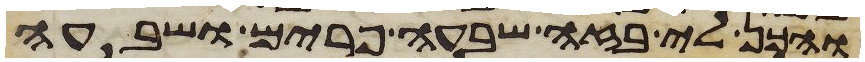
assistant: והכן לי בזה שבעה פרים ושבעה